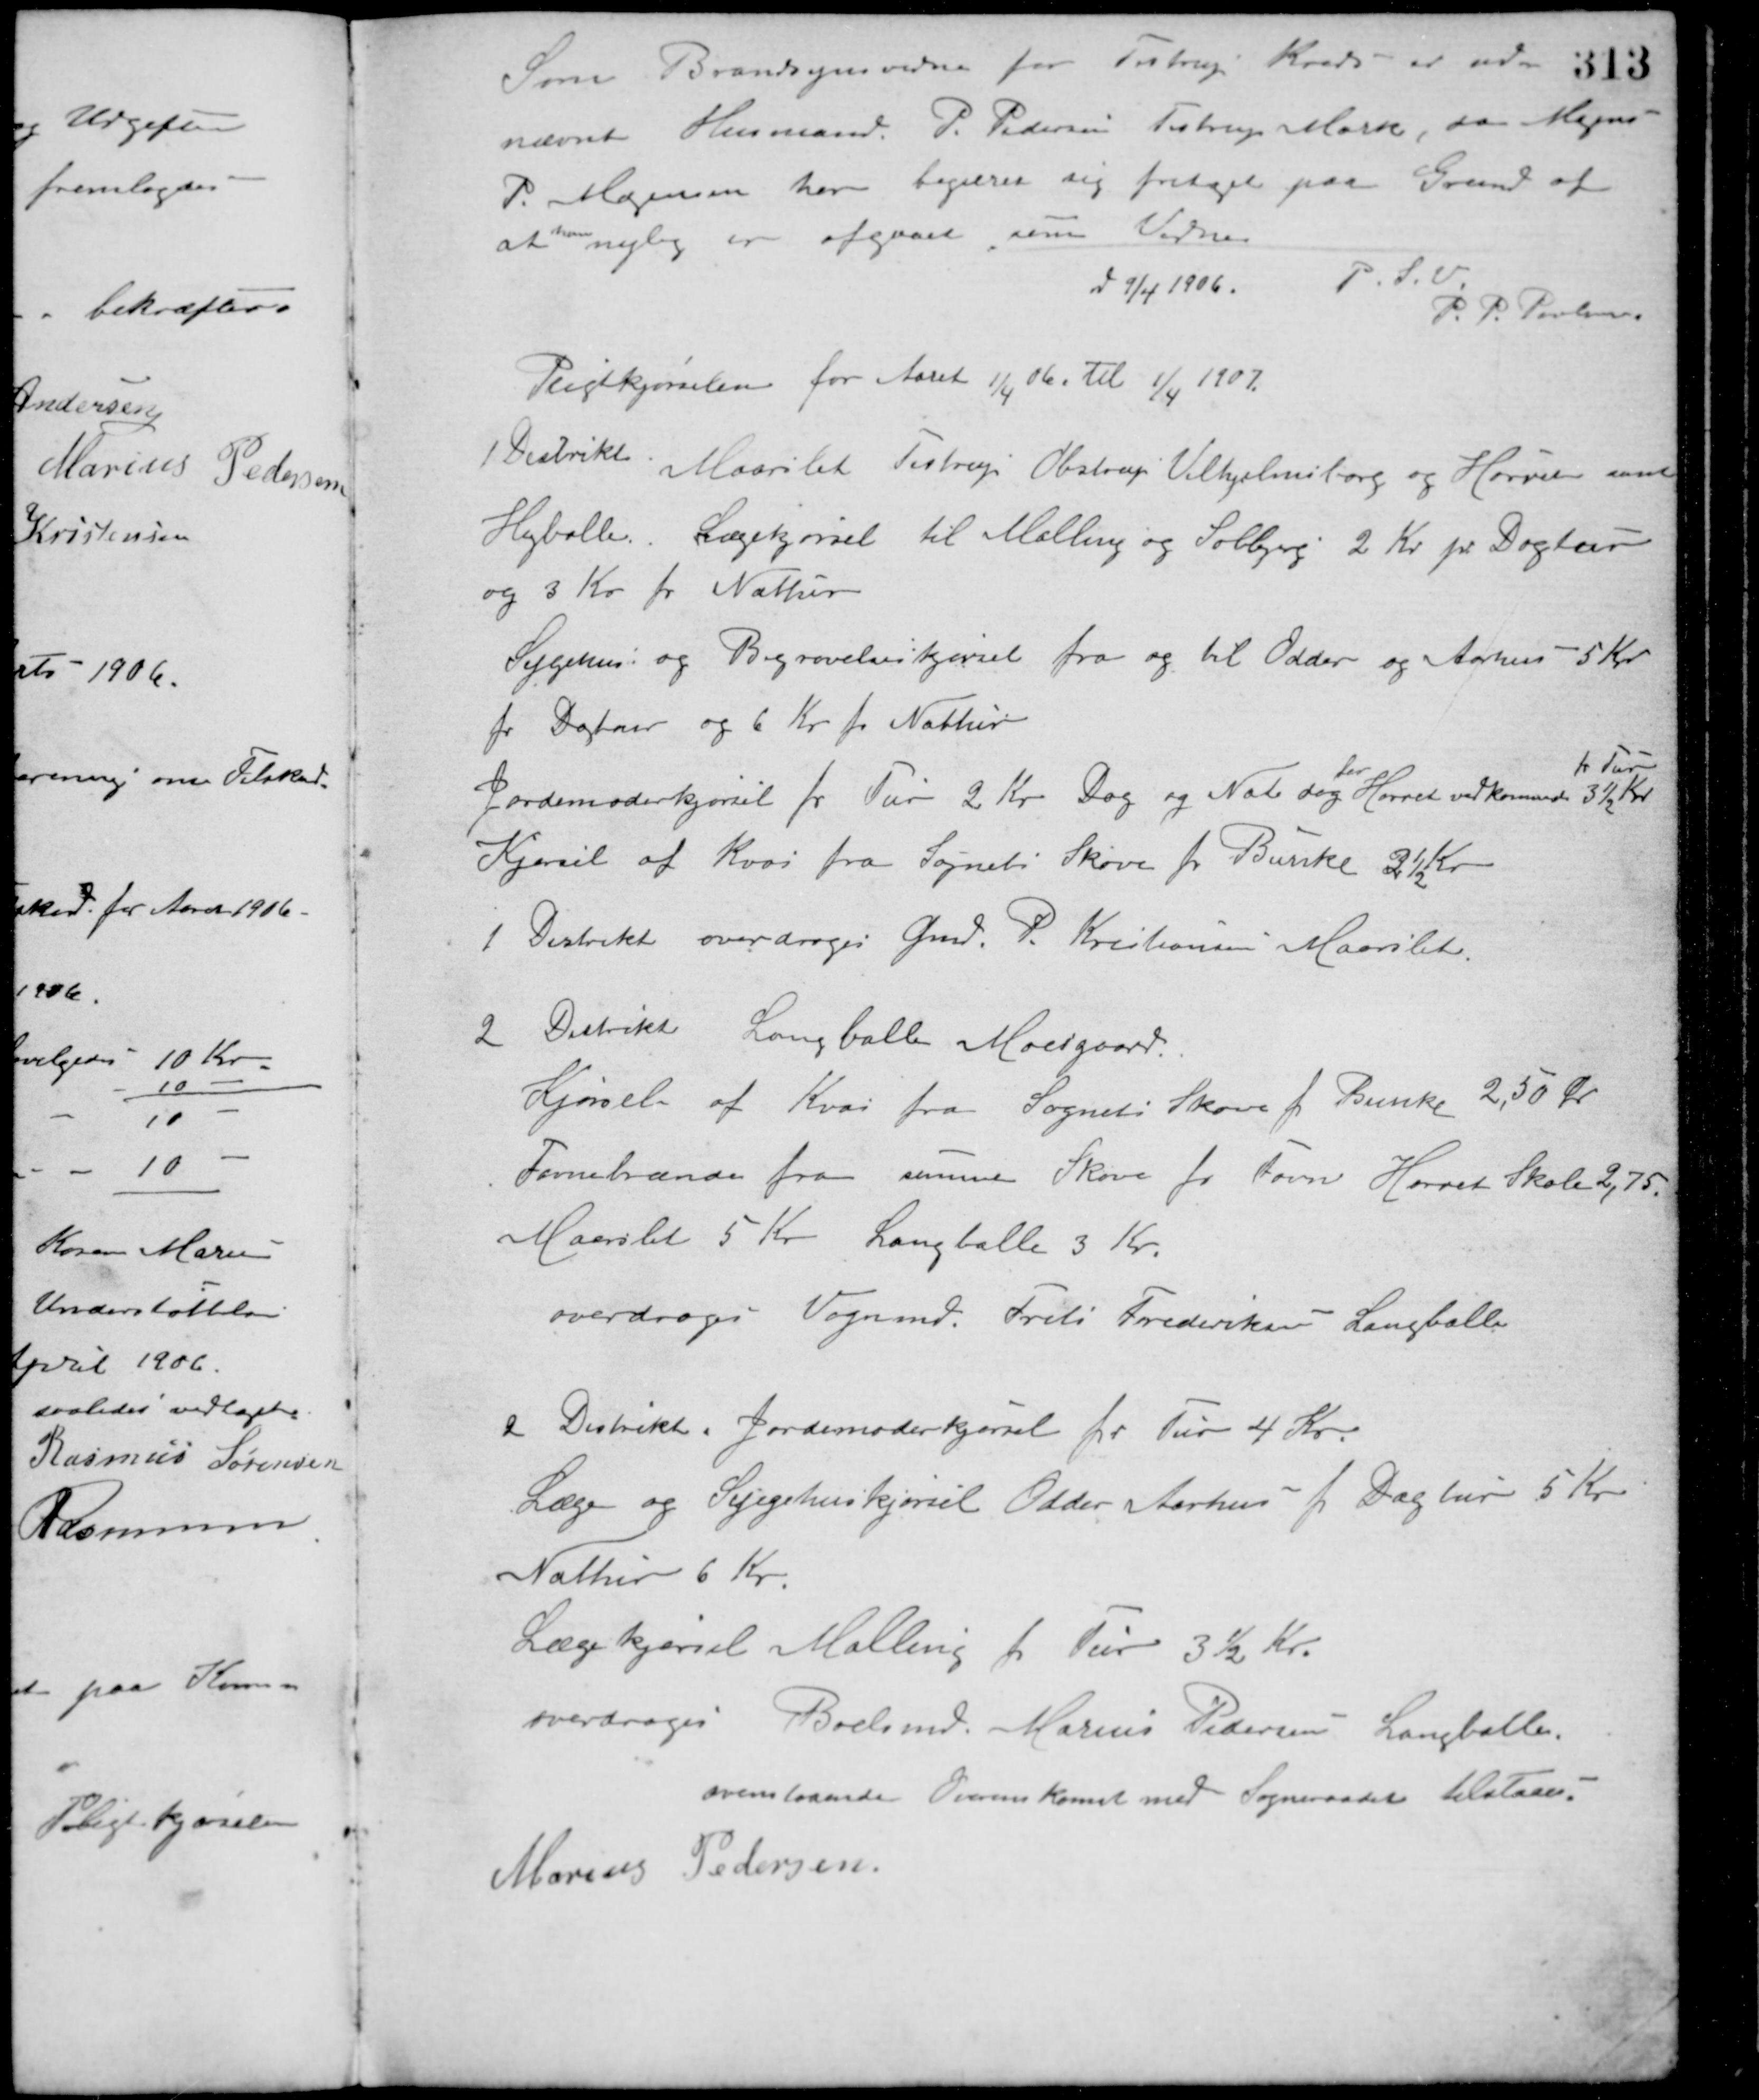
Transskription:
Som Brandsynsvidne for Testrup Kreds - er ud-
nævnt Husmand P. Pedersen Testrup Mark, da Mejerist
P. Mogensen har begærer sig fritaget paa Grund af
at
han
nylig er afgaaet som Vidne.
d 9/4 1906. P. S. V.
P. P. Poulsen
Pligtkjørselen for Aaret 1/4 06 til 1/4 1907.
1 Distrikt
Maarslet Testrup Obstrup Vilhjelmsborg og Hørret samt
Højballe. Lægekjørsel til Malling og Solbjerg 2 Kr. pr. Dagtur
og 3 Kr. pr. Nattur.
Sygehus og Begravelseskjørsel fra og til Odder og Aarhus 5 Kr.
pr. Dagtur og 6 Kr. pr. Nattur.
Jordemoderkjørsel pr. Tur 2 Kr. Dag og Nat dog
for
Hørrets vedkommende 3½ Kr.
pr. Tur
Kjørsel af Kvas fra Sognets Skove pr. Bunke 3½ Kr.
1 Distrikt overdroges Gmd. P. Kristiansen Maarslet
2 Distrikt Langballe Moesgaard.
Kjørsel af Kvas fra Sognets Skove pr. Bunke 2,50 Kr.
Favnebrænde fra samme Skove pr. Favn Hørret Skole 2,75.
Maarslet 5 Kr. Langballe 3 Kr.
overdroges Vognmd. Frits Frederiksen Langballe
2 Distrikt Jordemoderkjørsel pr. Tur 4 Kr.
Læge og Sygehuskjørsel Odder Aarhus pr. Dagtur 5 Kr.
Nattur 6 Kr.
Lægekjørsel Malling pr. Tur 3½ Kr.
overdroges Boelsmd. Marius Pedersen Langballe.
ovenstaaende Overenskomst med Sogneraadet tilstaaes.
Marius Pedersen